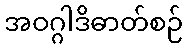
အဝဂ္ဂါဒိဓာတ်စဉ်